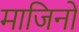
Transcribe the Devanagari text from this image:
माजिनों